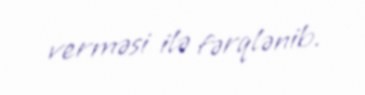
verməsi ilə fərqlənib.